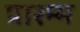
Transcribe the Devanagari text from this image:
प्रारम्म